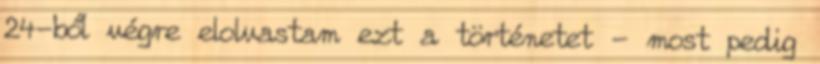
24-ből végre elolvastam ezt a történetet - most pedig